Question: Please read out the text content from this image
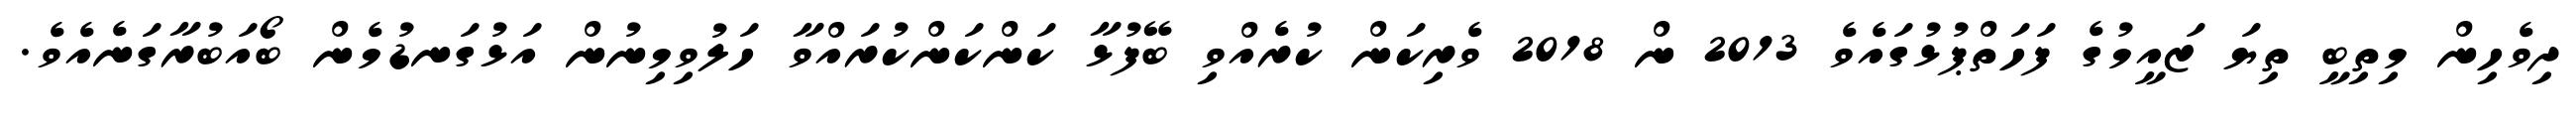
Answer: ދިވެހިން މިތިބީ ތިޔަ ޒައީމުގެ ފަހަތްޕުޅުގައެވެ 2013 ން 2018 ވެރިކަން ކުރެއްވި ބޭފުޅާ ކަންކަންކުރައްވާ ހަލުވިމިނުން އަޅުގަނޑުމެން ބޯއަބުރާގަނެއެވެ.